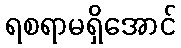
ရစရာမရှိအောင်